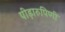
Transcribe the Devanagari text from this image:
पीड़ारुपिणी